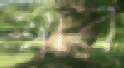
স্বার্